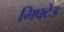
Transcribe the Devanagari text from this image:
गिफ्टेड